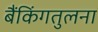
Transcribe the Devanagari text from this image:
बैंकिंगतुलना